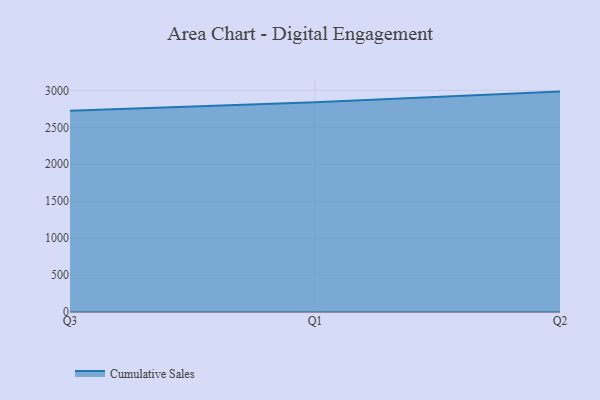
{"axis": {"x": "Quarter", "y": "Demand Index"}, "legend": ["Cumulative Sales"], "data": [{"x": "Q3", "y": 2723.2, "type": "Cumulative Sales"}, {"x": "Q1", "y": 2839.0, "type": "Cumulative Sales"}, {"x": "Q2", "y": 2983.8, "type": "Cumulative Sales"}]}